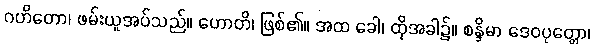
ဂဟိတော၊ ဖမ်းယူအပ်သည်။ ဟောတိ၊ ဖြစ်၏။ အထ ခေါ၊ ထိုအခါ၌။ စန္ဒိမာ ဒေဝပုတ္တော၊